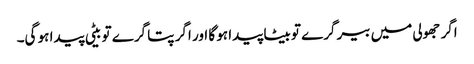
اگر جھولی میں بیر گرے تو بیٹا پیدا ہو گا اور اگر پتا گرے تو بیٹی پیدا ہو گی۔